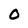
Character: 0